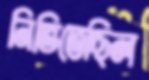
নিভিতেছিল